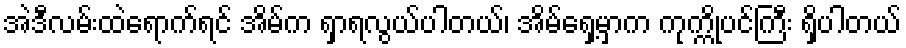
အဲဒီလမ်းထဲရောက်ရင် အိမ်က ရှာရလွယ်ပါတယ်၊ အိမ်ရှေ့မှာက ကုက္ကိုပင်ကြီး ရှိပါတယ်